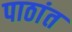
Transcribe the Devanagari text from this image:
पाठांत